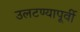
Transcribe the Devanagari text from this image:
उलटण्यापूर्वी